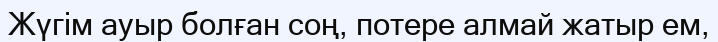
Жүгім ауыр болған соң, потере алмай жатыр ем,